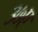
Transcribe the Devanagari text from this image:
३७ए